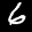
Label: 6